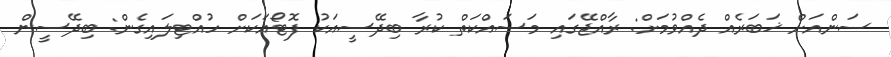
ސަންއަށް ޚަބަރެއް ދެއްވުމަށް: ރާއްޖޭގައި މަސައްކަތް ކުރާ ބިދޭސީއަކު ފޮޓޯއަކަށް ހުއްޓިލައިގެން: ބިދޭސީން